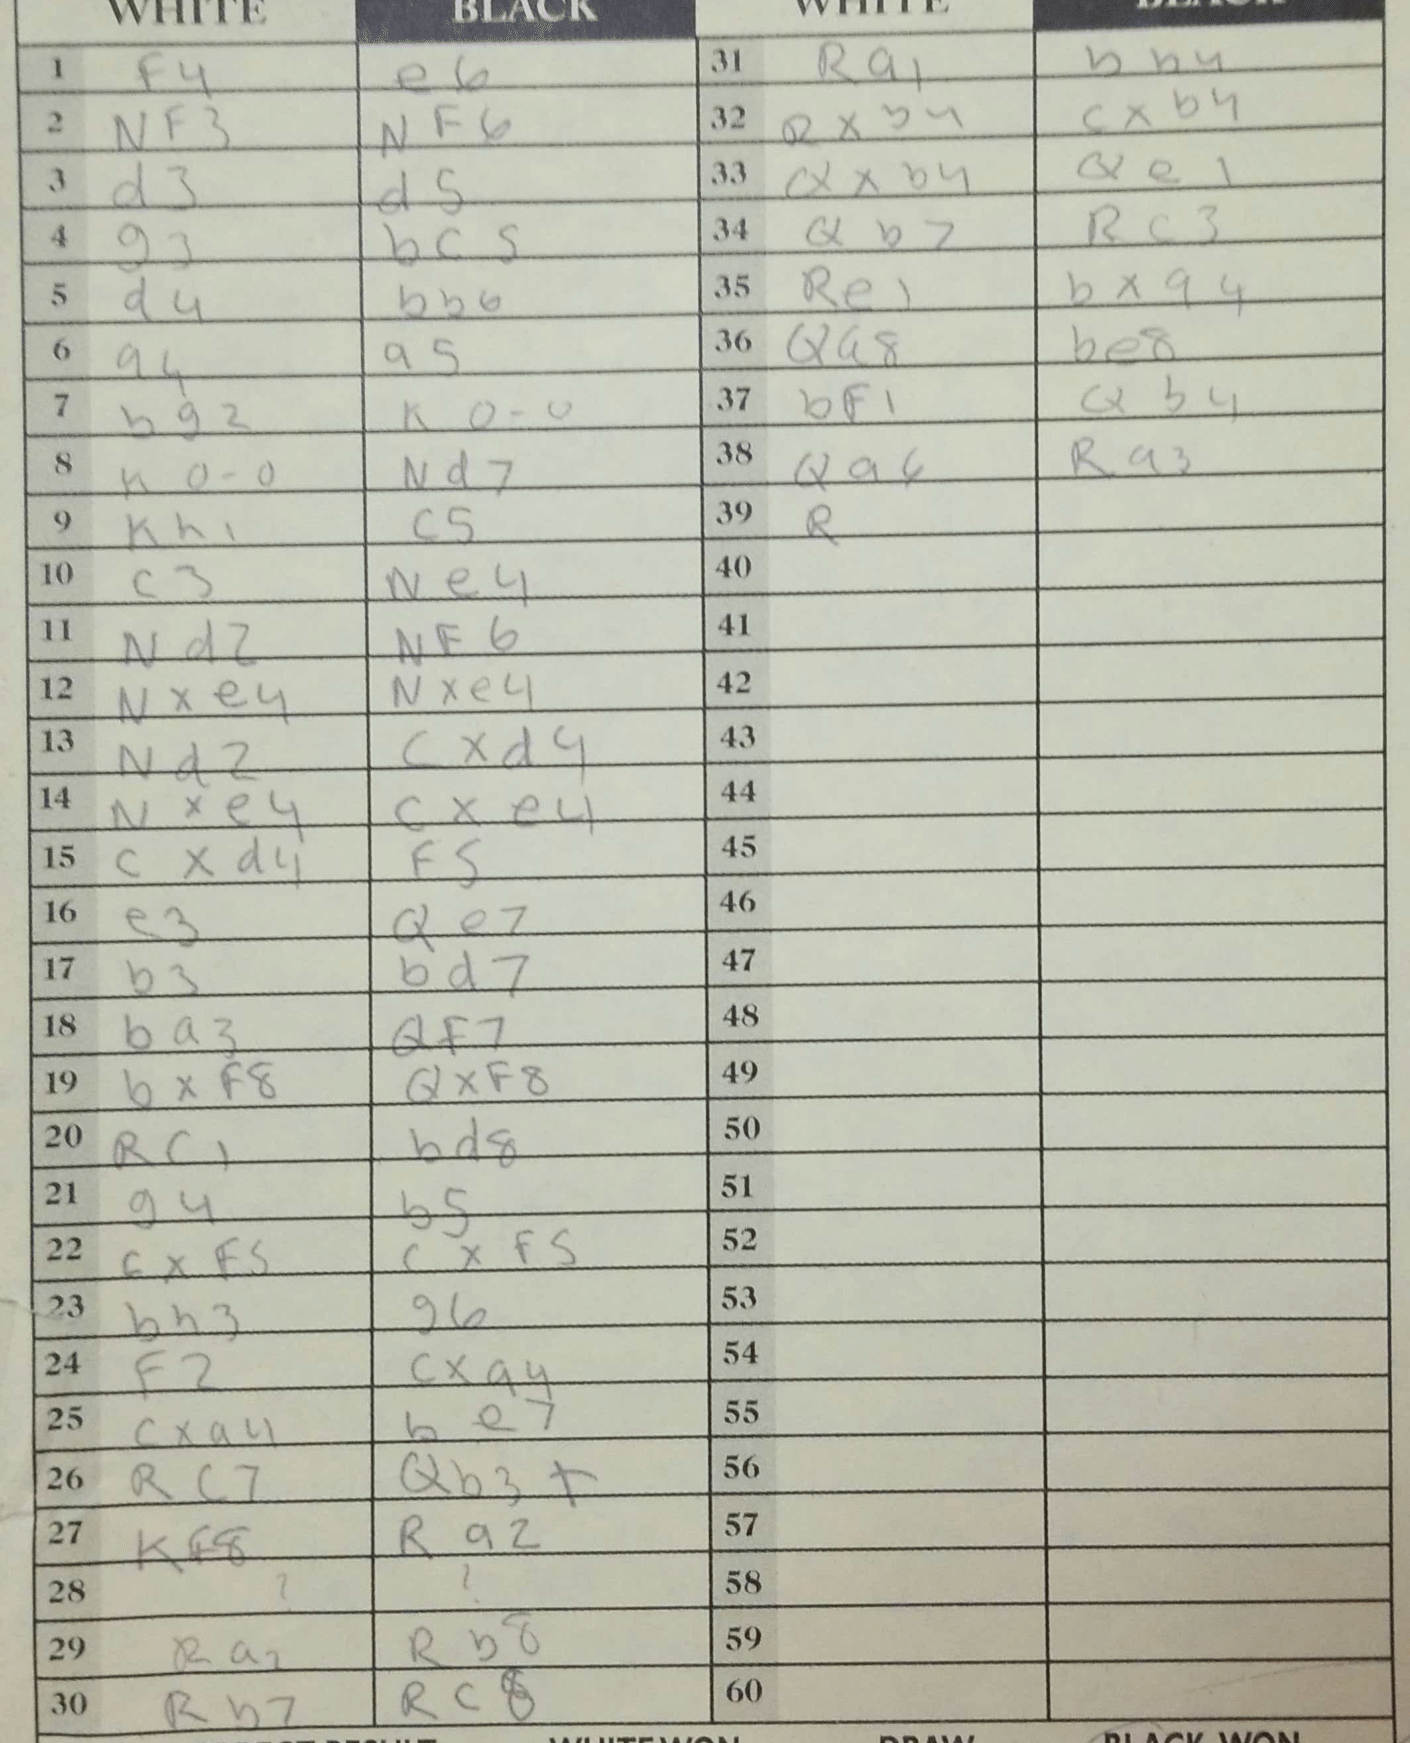
Moves: f4 e6 Nf3 Nf6 d3 d5 g3 bc5 d4 Bb6 a4 a5 Bg2 O-O O-O Nd7 Kh1 c5 c3 Ne4 Nd2 Nf6 Nxe4 Nxe4 Nd2 cxd4 Nxe4 cxe4 cxd4 f5 e3 Qe7 b3 bd7 ba3 Qf7 bxf8 Qxf8 Rc1 Bd8 g4 b5 cxf5 cxf5 bh3 g6 f2 cxa4 cxa4 be7 Rc7 Qb3+ Kf8 Ra2 Ra2 Rb8 Rb7 Rc8 Ra1 Bb4 Rxb4 cxb4 Qxb4 Qe1 Qb7 Rc3 Re1 bxa4 Qa8 Be8 Bf1 Qb4 Qa6 Ra3